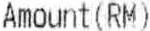
AMOUNT(RM)